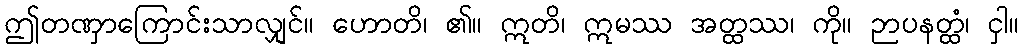
ဤတဏှာကြောင်းသာလျှင်။ ဟောတိ၊ ၏။ ဣတိ၊ ဣမဿ အတ္ထဿ၊ ကို။ ဉာပနတ္ထံ၊ ငှါ။